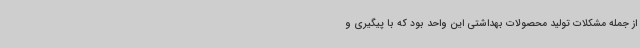
از جمله مشکلات تولید محصولات بهداشتی این واحد بود که با پیگیری و